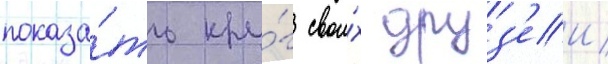
показа́ть кру́г свои́х друз'еи